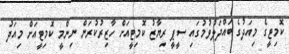
ކޮމިޓީގެ މިއަދުގެ ބައްދަލުވުމުގައި ސީޕީ ރިޔާޒު ކޮމިޓީއަށް ހާޒިރުކުރަން ނިންމީ ކޮމިޓީއަށް މިއަދު